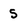
Character: 5